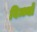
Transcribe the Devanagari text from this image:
विन्ध्यो